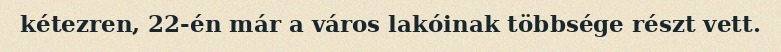
kétezren, 22-én már a város lakóinak többsége részt vett.